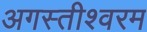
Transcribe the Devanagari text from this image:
अगस्तीश्वरम